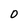
Character: 0